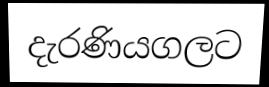
දැරණියගලට